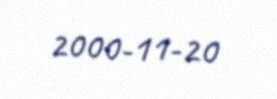
2000-11-20